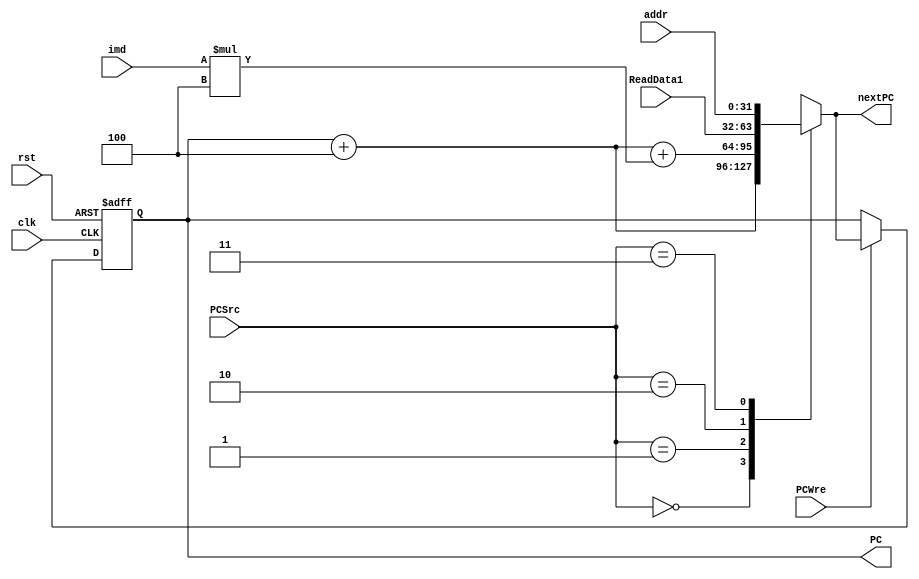
`timescale 1ns / 1ps
//////////////////////////////////////////////////////////////////////////////////
// Company: 
// Engineer: 
// 
// Design Name: 
// Module Name: PC
// Project Name: 
// Target Devices: 
// Tool Versions: 
// Description: 
// 
// Dependencies: 
// 
// Revision:
// Revision 0.01 - File Created
// Additional Comments:
// 
//////////////////////////////////////////////////////////////////////////////////


module PC(
    input clk,
    input rst,
    input PCWre,
    input [1:0] PCSrc,
    input wire [31:0] addr,
    input wire [31:0] imd,
    input wire [31:0] ReadData1,
    output reg [31:0] PC,
    output reg [31:0] nextPC
    );

    initial begin
        PC = 0;
        nextPC = 4;
    end
    
    always @(posedge clk or negedge rst) begin
            if (!rst)
                PC = 0;
            else if (PCWre) begin
                PC = nextPC;
            end
        end
        
    always @(PCSrc or imd or addr) begin
         case(PCSrc)
                   2'b00: nextPC = PC + 4;
                   2'b01: nextPC = PC + 4 + imd * 4;
                   2'b10: nextPC = ReadData1;
                   2'b11: nextPC = addr;
          endcase
    end
endmodule